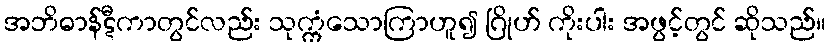
အဘိဓာန်ဋီကာတွင်လည်း သုက္ကံသောကြာဟူ၍ ဂြိုဟ် ကိုးပါး အဖွင့်တွင် ဆိုသည်။